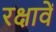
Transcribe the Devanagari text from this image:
रक्षावें